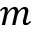
m